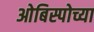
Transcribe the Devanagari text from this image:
ओबिस्पोच्या